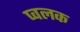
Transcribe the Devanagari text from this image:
प्वलक